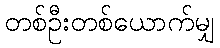
တစ်ဦးတစ်ယောက်မျှ